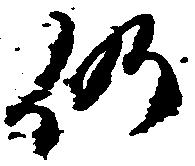
仍